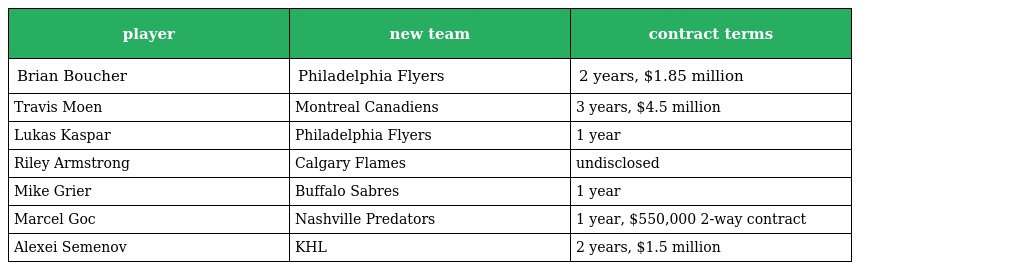
| player | new team | contract terms |
 | --- | --- | --- |
 | Brian Boucher | Philadelphia Flyers | 2 years, $1.85 million |
 | Travis Moen | Montreal Canadiens | 3 years, $4.5 million |
 | Lukas Kaspar | Philadelphia Flyers | 1 year |
 | Riley Armstrong | Calgary Flames | undisclosed |
 | Mike Grier | Buffalo Sabres | 1 year |
 | Marcel Goc | Nashville Predators | 1 year, $550,000 2-way contract |
 | Alexei Semenov | KHL | 2 years, $1.5 million |